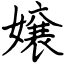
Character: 嬢